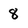
Character: 8